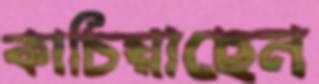
কাচিয়াছেন